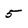
Character: 5